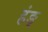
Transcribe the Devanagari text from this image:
हंङ्